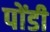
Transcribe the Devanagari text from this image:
पोंडी